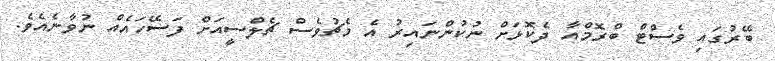
ބޭރުގައި ވެސްޓް ބްރޮމްއާ ދެކޮޅަށް ނުކުންނައިރު އެ މެޗުވެސް ޗެލްސީއަށް ފަސޭހައެއް ނުވާނެއެވެ.